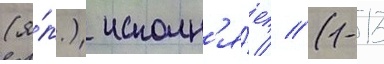
(я́п.) исполн'я́ет // (1-13